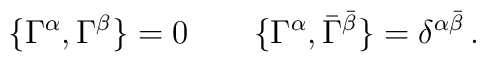
\{\Gamma^\alpha,\Gamma^\beta\}=0 \qquad \{\Gamma^\alpha,\bar\Gamma^{\bar\beta}\} = \delta^{\alpha\bar\beta}\, .